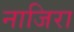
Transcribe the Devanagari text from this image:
नाजिरा